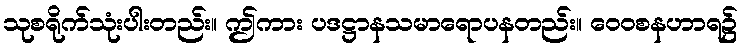
သုစရိုက်သုံးပါးတည်း။ ဤကား ပဒဋ္ဌာနသမာရောပနတည်း။ ဝေဝစနဟာရ၌